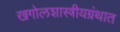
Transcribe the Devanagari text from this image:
खगोलशास्त्रीयग्रंथात